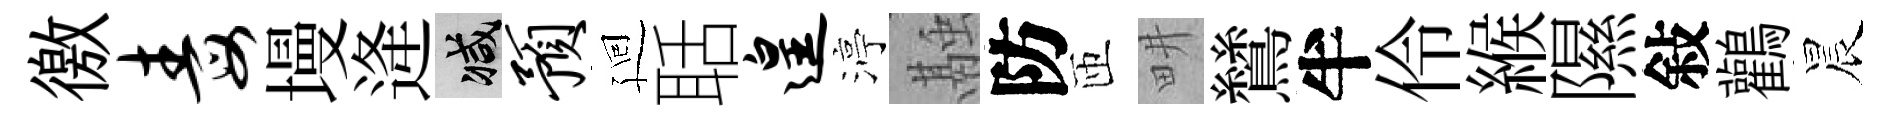
徼毒墁逄减预廻聒遑渟融防匝畊鷥半伶緱隰敍鸛晨